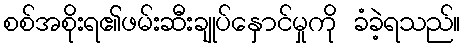
စစ်အစိုးရ၏ဖမ်းဆီးချုပ်နှောင်မှုကို ခံခဲ့ရသည်။